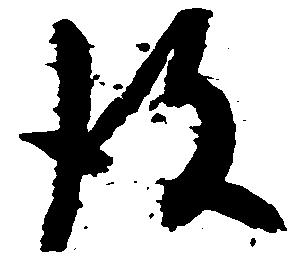
彼